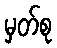
မှတ်စု